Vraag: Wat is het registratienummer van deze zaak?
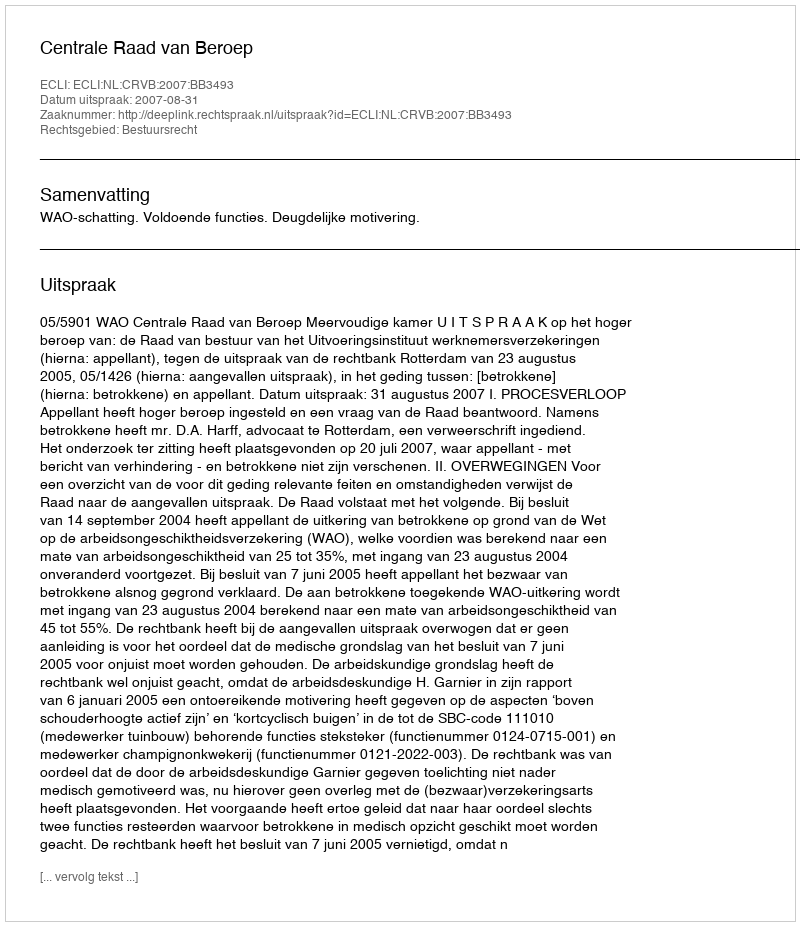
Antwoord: http://deeplink.rechtspraak.nl/uitspraak?id=ECLI:NL:CRVB:2007:BB3493